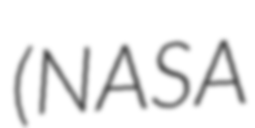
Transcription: (NASA